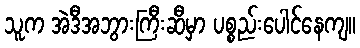
သူက အဲဒီအဘွားကြီးဆီမှာ ပစ္စည်းပေါင်နေကျ။